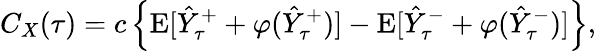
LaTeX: C_{X}(\tau)=c\left\{ \mathrm{E}[\hat{Y}_{\tau}^{+}+\varphi(\hat{Y}_{\tau}^{+})]-\mathrm{E}[\hat{Y}_{\tau}^{-}+\varphi(\hat{Y}_{\tau}^{-})]\right\} ,